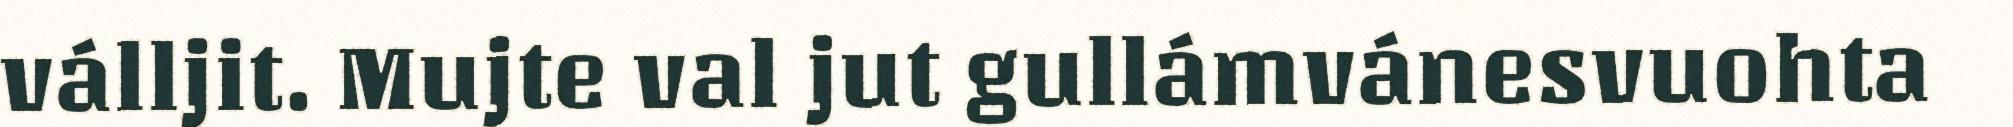
válljit. Mujte val jut gullámvánesvuohta